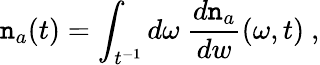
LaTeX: \mathtt{n}_{a}(t)=\int_{t^{-1}}d\omega~{\frac{{d\mathtt{n}_{a}}}{{dw}}}(\omega,t)\ ,